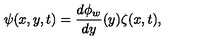
\psi ( x , y , t ) = \frac { d \phi _ { w } } { d y } ( y ) \zeta ( x , t ) ,